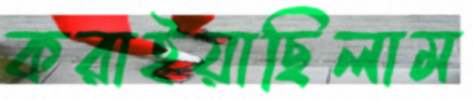
করাইয়াছিলাম